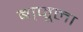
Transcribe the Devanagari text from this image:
बा्जूला